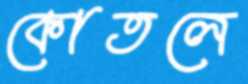
কোতলে